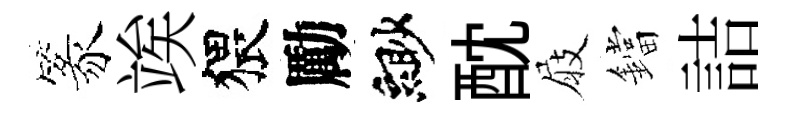
篆竢猥勵緲酖屐鐺詰